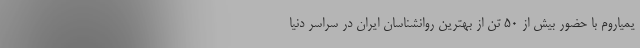
یمیاروم با حضور بیش از ۵۰ تن از بهترین روانشناسان ایران در سراسر دنیا